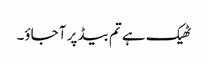
ٹھیک ہے تم بیڈ پر آ جاؤ۔